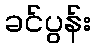
ခင်ပွန်း